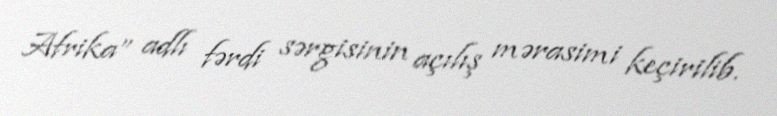
Afrika” adlı fərdi sərgisinin açılış mərasimi keçirilib.